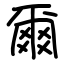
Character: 爾